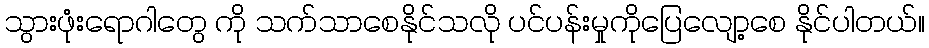
သွားဖုံးရောဂါတွေ ကို သက်သာစေနိုင်သလို ပင်ပန်းမှုကိုပြေလျော့စေ နိုင်ပါတယ်။